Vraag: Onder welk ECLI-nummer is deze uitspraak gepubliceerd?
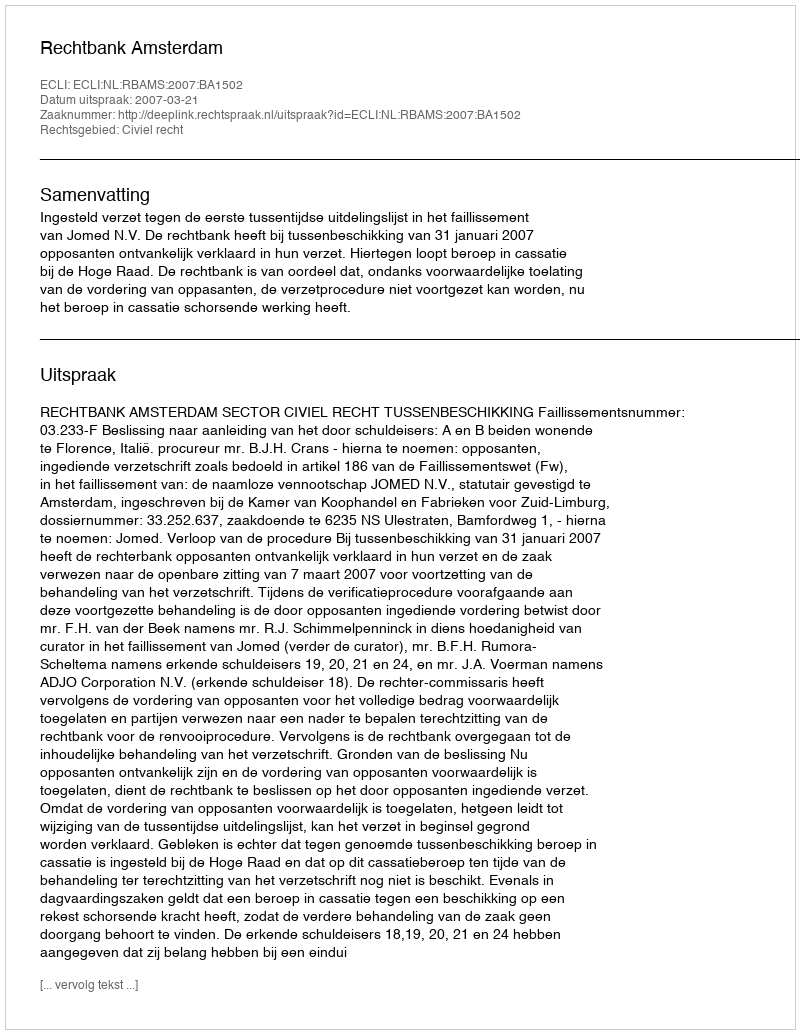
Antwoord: ECLI:NL:RBAMS:2007:BA1502